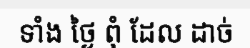
ទាំង ថ្ងៃ ពុំ ដែល ដាច់